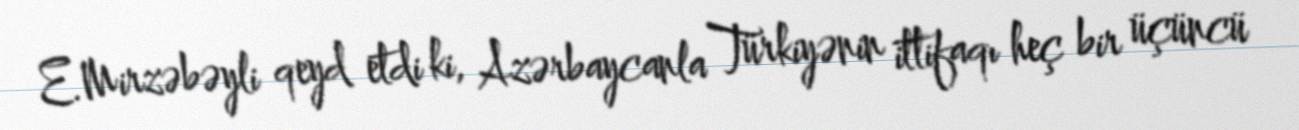
E.Mirzəbəyli qeyd etdi ki, Azərbaycanla Türkiyənin ittifaqı heç bir üçüncü